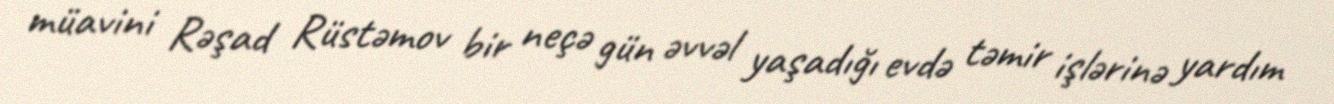
müavini Rəşad Rüstəmov bir neçə gün əvvəl yaşadığı evdə təmir işlərinə yardım